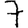
Digit: 7